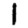
Digit: 1